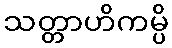
သတ္တာဟိကမ္ပိ